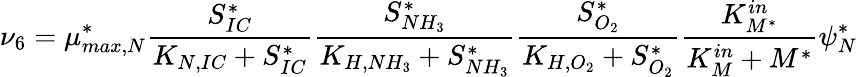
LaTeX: \nu_{6}=\mu_{max,N}^{*}\frac{S_{IC}^{*}}{K_{N,IC}+S_{IC}^{*}}\frac{S_{NH_{3}}^{*}}{K_{H,NH_{3}}+S_{NH_{3}}^{*}}\frac{S_{O_{2}}^{*}}{K_{H,O_{2}}+S_{O_{2}}^{*}}\frac{K_{M^{*}}^{in}}{K_{M}^{in}+M^{*}}\psi_{N}^{*}